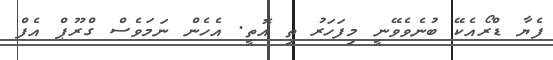
ފެޔާ ޑްރޯއެކޭ ބުނެވެވޭނީ މިފަހަރު ތި އޮތީ. އެހެން ނަމަވެސް ގްރޫޕް އެފް